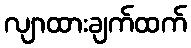
လျာထားချက်ထက်